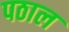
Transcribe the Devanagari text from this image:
पठाल